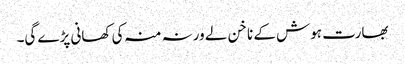
بھارت ہوش کے ناخن لے ورنہ منہ کی کھانی پڑے گی۔